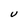
Character: U